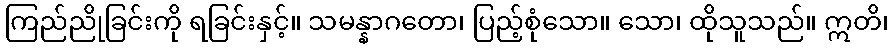
ကြည်ညိုခြင်းကို ရခြင်းနှင့်။ သမန္နာဂတော၊ ပြည့်စုံသော။ သော၊ ထိုသူသည်။ ဣတိ၊